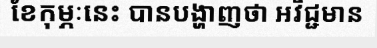
ខែកុម្ភៈនេះ បានបង្ហាញថា អវិជ្ជមាន